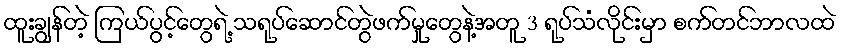
ထူးချွန်တဲ့ ကြယ်ပွင့်တွေရဲ့ သရုပ်ဆောင်တွဲဖက်မှုတွေနဲ့အတူ 3 ရုပ်သံလိုင်းမှာ စက်တင်ဘာလထဲ